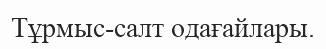
Тұрмыс-салт одағайлары.